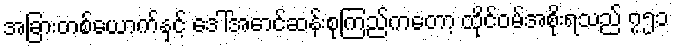
အခြားတစ်ယောက်နှင့် ဒေါ်အောင်ဆန်းစုကြည်ကတော့ ထိုင်ဝမ်အစိုးရသည် ၇၅၁